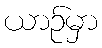
ယာဉ်မှာ